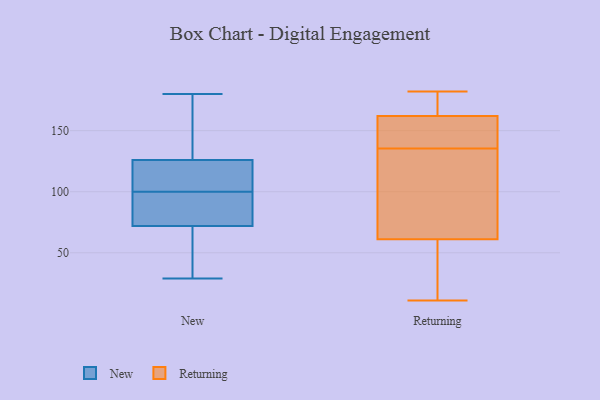
{"axis": {"x": "Customer Acquisition Cost (USD)", "y": "Value"}, "legend": ["New", "Returning"], "data": [{"x": "", "y": 121, "type": "New"}, {"x": "", "y": 116, "type": "New"}, {"x": "", "y": 83, "type": "New"}, {"x": "", "y": 81, "type": "New"}, {"x": "", "y": 69, "type": "New"}, {"x": "", "y": 37, "type": "New"}, {"x": "", "y": 73, "type": "New"}, {"x": "", "y": 124, "type": "New"}, {"x": "", "y": 132, "type": "New"}, {"x": "", "y": 180, "type": "New"}, {"x": "", "y": 100, "type": "New"}, {"x": "", "y": 29, "type": "New"}, {"x": "", "y": 173, "type": "New"}, {"x": "", "y": 131, "type": "Returning"}, {"x": "", "y": 61, "type": "Returning"}, {"x": "", "y": 162, "type": "Returning"}, {"x": "", "y": 11, "type": "Returning"}, {"x": "", "y": 140, "type": "Returning"}, {"x": "", "y": 100, "type": "Returning"}, {"x": "", "y": 182, "type": "Returning"}, {"x": "", "y": 52, "type": "Returning"}, {"x": "", "y": 155, "type": "Returning"}, {"x": "", "y": 179, "type": "Returning"}]}